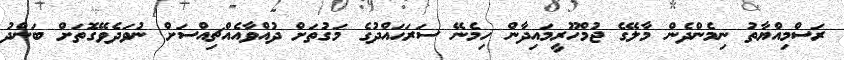
ރަސްމިއްޔާތު ނިމެންދެން މާލޭގެ ޖުމްހޫރީމައިދާން ހިމެނޭ ސަރަޙައްދުގެ މަގުތަށް ދުއްވާއެއްޗިއްސަށް ނުވަދެވޭގޮތަށް ބަންދު